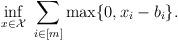
LaTeX: \begin{align*}\inf_{x \in \mathcal{X}} & \ \sum_{i \in [m]} \max\{0,x_i - b_i\}.\end{align*}